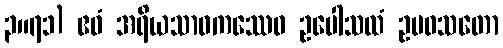
၃။၇၁) ဧဝံ အရိယသာဝကဿေဝ ဥပေါသထံ ဥပဝသတော